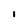
Character: 1